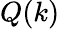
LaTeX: Q(k)